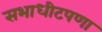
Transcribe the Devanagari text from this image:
सभाधीटपणा